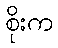
စိုးက